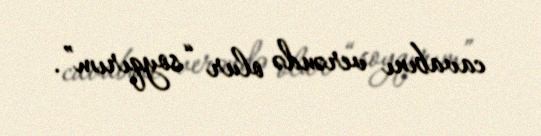
cavabını verəndə olur “soyqırım”.